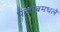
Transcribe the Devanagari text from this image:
पंजाबमधले